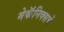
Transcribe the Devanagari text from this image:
मेकॅनिक्सचे